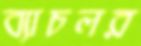
ব্যাচলর